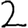
Digit: 2